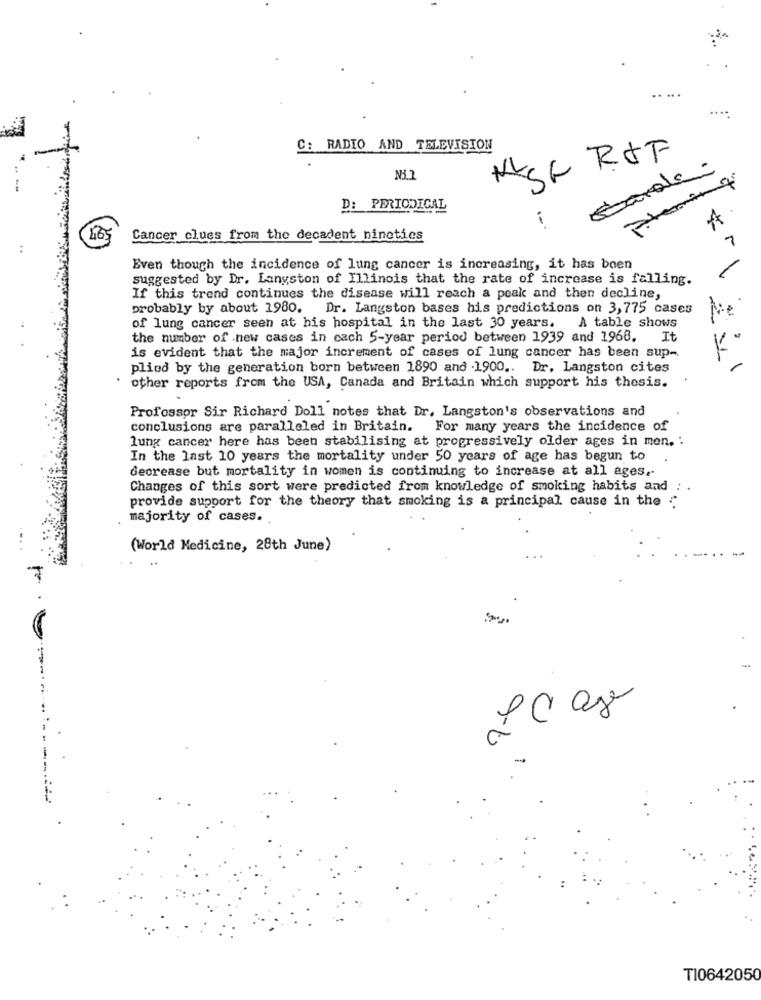
C: RADIO AND TELEVISION
NSC ROF
carole
N3.1
Ptering
D: PERIODICAL
465
Cancer clues from the decadent nineties
1
Even though the incidence of lung cancer is increasing, it has been
suggested by Dr. Langston of Illinois that the rate of increase is falling.
If this trend continues the disease will reach a peak and then decline,
probably by about 1980. Dr. Langston bases his predictions on 3,775 cases
of lung cancer seen at his hospital in the last 30 years. A table shows
the number of new cases in cach 5-year period between 1939 and 1968.
It
is evident that the major increment of cases of lung cancer has been sup-
plied by the generation born between 1890 and 1900 .. Dr. Langston cites
other reports from the USA, Canada and Britain which support his thesis.
Professor Sir Richard Doll notes that Dr. Langston's observations and
conclusions are paralleled in Britain. For many years the incidence of
lung cancer here has been stabilising at progressively older ages in men. .
In the last 10 years the mortality under 50 years of age has begun to
decrease but mortality in women is continuing to increase at all ages ..
Changes of this sort were predicted from knowledge of smoking habits and
provide support for the theory that smoking is a principal cause in the .
majority of cases.
(World Medicine, 28th June)
7
TI0642050